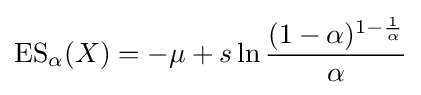
\operatorname {ES} _{\alpha }(X)=-\mu +s\ln {\frac {(1-\alpha )^{1-{\frac {1}{\alpha }}}}{\alpha }}